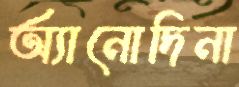
অ্যানোদিনা